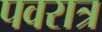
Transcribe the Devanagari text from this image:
पवरात्र